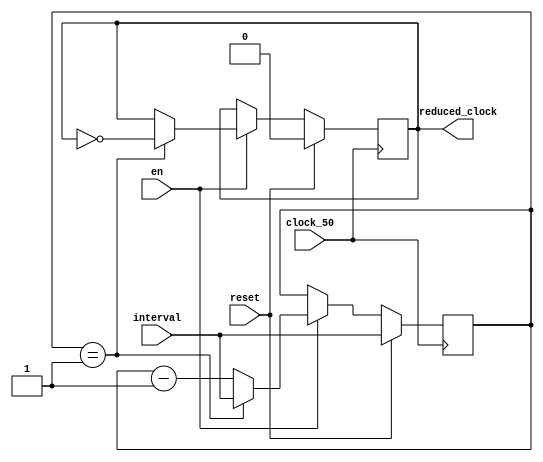
/*
	A rate dividor which slows down the clock signal by an interval, i.e,
	the rate dividor ticks (i.e, flips from 1 to 0, 0 to 1, etc.) 
	when the clock signal ellapsed for a certain interval amount.

	When reset_n = 1, it resets the rate dividor.
	The reduced_clock is the slowed down clock signal.
	When en = 1 and reset_n = 0, it will output a slower clock signal.
 */
module RateDivider(
	input [27:0] interval,
	input reset,
	input en,
	input clock_50,
	output reg reduced_clock);

	reg [27:0] cur_time;

	always @(posedge clock_50)
	begin
		if (reset == 1'b1)
		begin
			cur_time <= interval;
			reduced_clock <= 1'b0;
		end
		else if (en == 1'b1)
		begin
			if (cur_time == 27'd1) // Prevent going to negative #s
			begin
				cur_time <= interval;
				reduced_clock <= ~reduced_clock;
			end
			else
			begin
				cur_time <= cur_time - 1'b1;
			end
		end
	end
endmodule